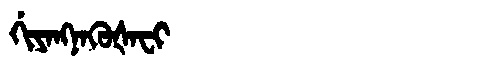
Manchu: ᡤᡳᠶᠠᠩᠨᠠᡴᡠᡧᠠᠸᡳ
Romanization: GIYANGNAKUŠAFI